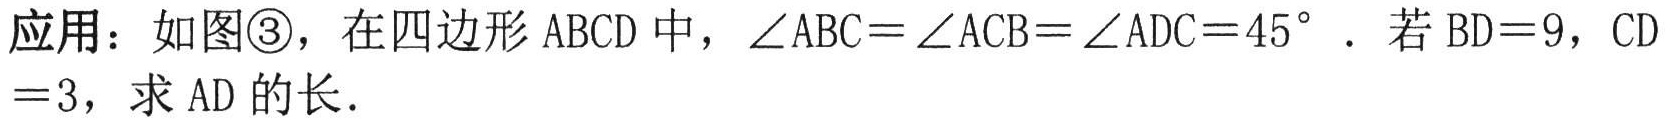
应用：如图\textcircled{3}，在四边形\(ABCD\)中，\(\angle ABC=\angle ACB=\angle ADC = 45^{\circ}\). 若\(BD = 9\)，\(CD=3\)，求\(AD\)的长.